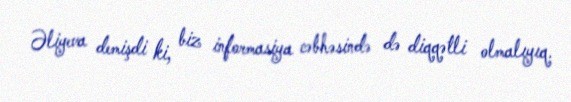
Əliyeva demişdi ki, biz informasiya cəbhəsində də diqqətli olmalıyıq.